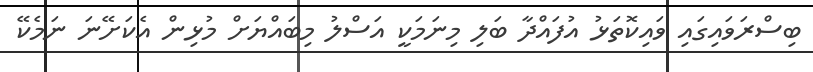
ބިސްރަވައިގައި ވައިކޮތަޅު އުފައްދާ ބަލި މިނަމަކީ އަސްލު މިބައްޔަށް މުޅިން އެކަށޭނަ ނަމެކޭ